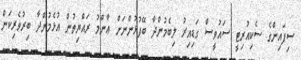
ސިފައިންގެ ސެކިއުރިޓީ ސައުވީސް ގަޑިއިރު ލިބެމުންދާ ބޭފުޅުންނަށް ޢާންމު ރައްޔިތުން އުޅެމުންދާ ބިރުވެރިކަން